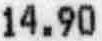
14.90